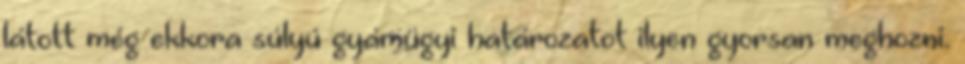
látott még ekkora súlyú gyámügyi határozatot ilyen gyorsan meghozni.